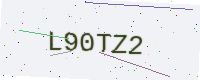
Text: L90TZ2